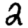
Digit: 2